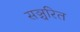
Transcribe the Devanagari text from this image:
सञ्चरित